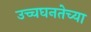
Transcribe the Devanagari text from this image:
उच्चघनतेच्या